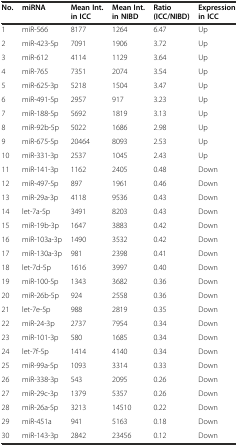
<table><thead><tr><td><b>No.</b></td><td><b>miRNA</b></td><td><b>Mean Int. in ICC</b></td><td><b>Mean Int. in NIBD</b></td><td><b>Ratio (ICC/NIBD)</b></td><td><b>Expression in ICC</b></td></tr></thead><tbody><tr><td>1</td><td>miR-566</td><td>8177</td><td>1264</td><td>6.47</td><td>Up</td></tr><tr><td>2</td><td>miR-423-5p</td><td>7091</td><td>1906</td><td>3.72</td><td>Up</td></tr><tr><td>3</td><td>miR-612</td><td>4114</td><td>1129</td><td>3.64</td><td>Up</td></tr><tr><td>4</td><td>miR-765</td><td>7351</td><td>2074</td><td>3.54</td><td>Up</td></tr><tr><td>5</td><td>miR-625-3p</td><td>5218</td><td>1504</td><td>3.47</td><td>Up</td></tr><tr><td>6</td><td>miR-491-5p</td><td>2957</td><td>917</td><td>3.23</td><td>Up</td></tr><tr><td>7</td><td>miR-188-5p</td><td>5692</td><td>1819</td><td>3.13</td><td>Up</td></tr><tr><td>8</td><td>miR-92b-5p</td><td>5022</td><td>1686</td><td>2.98</td><td>Up</td></tr><tr><td>9</td><td>miR-675-5p</td><td>20464</td><td>8093</td><td>2.53</td><td>Up</td></tr><tr><td>10</td><td>miR-331-3p</td><td>2537</td><td>1045</td><td>2.43</td><td>Up</td></tr><tr><td>11</td><td>miR-141-3p</td><td>1162</td><td>2405</td><td>0.48</td><td>Down</td></tr><tr><td>12</td><td>miR-497-5p</td><td>897</td><td>1961</td><td>0.46</td><td>Down</td></tr><tr><td>13</td><td>miR-29a-3p</td><td>4118</td><td>9536</td><td>0.43</td><td>Down</td></tr><tr><td>14</td><td>let-7a-5p</td><td>3491</td><td>8203</td><td>0.43</td><td>Down</td></tr><tr><td>15</td><td>miR-19b-3p</td><td>1647</td><td>3883</td><td>0.42</td><td>Down</td></tr><tr><td>16</td><td>miR-103a-3p</td><td>1490</td><td>3532</td><td>0.42</td><td>Down</td></tr><tr><td>17</td><td>miR-130a-3p</td><td>981</td><td>2398</td><td>0.41</td><td>Down</td></tr><tr><td>18</td><td>let-7d-5p</td><td>1616</td><td>3997</td><td>0.40</td><td>Down</td></tr><tr><td>19</td><td>miR-100-5p</td><td>1343</td><td>3682</td><td>0.36</td><td>Down</td></tr><tr><td>20</td><td>miR-26b-5p</td><td>924</td><td>2558</td><td>0.36</td><td>Down</td></tr><tr><td>21</td><td>let-7e-5p</td><td>988</td><td>2819</td><td>0.35</td><td>Down</td></tr><tr><td>22</td><td>miR-24-3p</td><td>2737</td><td>7954</td><td>0.34</td><td>Down</td></tr><tr><td>23</td><td>miR-101-3p</td><td>580</td><td>1685</td><td>0.34</td><td>Down</td></tr><tr><td>24</td><td>let-7f-5p</td><td>1414</td><td>4140</td><td>0.34</td><td>Down</td></tr><tr><td>25</td><td>miR-99a-5p</td><td>1093</td><td>3314</td><td>0.33</td><td>Down</td></tr><tr><td>26</td><td>miR-338-3p</td><td>543</td><td>2095</td><td>0.26</td><td>Down</td></tr><tr><td>27</td><td>miR-29c-3p</td><td>1379</td><td>5357</td><td>0.26</td><td>Down</td></tr><tr><td>28</td><td>miR-26a-5p</td><td>3213</td><td>14510</td><td>0.22</td><td>Down</td></tr><tr><td>29</td><td>miR-451a</td><td>941</td><td>5163</td><td>0.18</td><td>Down</td></tr><tr><td>30</td><td>miR-143-3p</td><td>2842</td><td>23456</td><td>0.12</td><td>Down</td></tr></tbody></table>